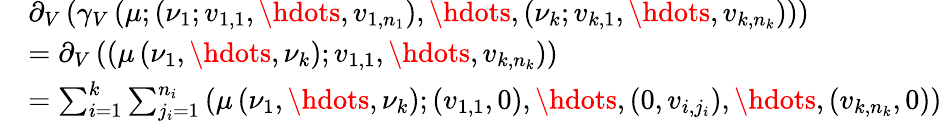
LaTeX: \begin{array}{rl}&{\partial_{V}\left(\gamma_{V}\left(\mu;\left(\nu_{1};v_{1,1},\hdots,v_{1,n_{1}}\right),\hdots,\left(\nu_{k};v_{k,1},\hdots,v_{k,n_{k}}\right)\right)\right)}\\ &{=\partial_{V}\left(\left(\mu\left(\nu_{1},\hdots,\nu_{k}\right);v_{1,1},\hdots,v_{k,n_{k}}\right)\right)}\\ &{=\sum_{i=1}^{k}\sum_{j_{i}=1}^{n_{i}}\left(\mu\left(\nu_{1},\hdots,\nu_{k}\right);(v_{1,1},0),\hdots,(0,v_{i,j_{i}}),\hdots,(v_{k,n_{k}},0)\right)}\end{array}